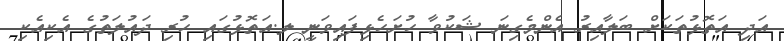
އަދި އަތޮޅުތަކަށް ބަލާއިރު އެންމެގިނަ ޝަކުވާ ހުށަހެޅިފައިވަނީ ލ.އަތޮޅުގައި ހުރި ދައުލަތުގެ އެކިއެކި